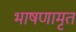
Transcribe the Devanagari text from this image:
भाषणामृत